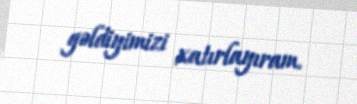
gəldiyimizi xatırlayıram.